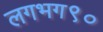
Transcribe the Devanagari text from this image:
लगभग९०